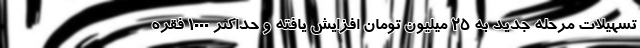
تسهیلات مرحله جدید به ۲۵ میلیون تومان افزایش یافته و حداکثر ۱۰۰۰ فقره